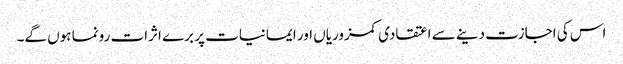
اس کی اجازت دینے سے اعتقادی کمزوریاں اور ایمانیات پر برے اثرات رونما ہوں گے۔